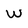
Character: w